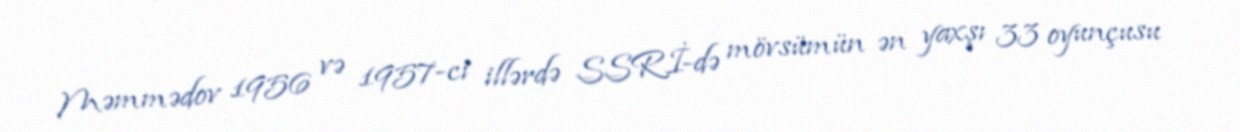
Məmmədov 1956 və 1957-ci illərdə SSRİ-də mövsümün ən yaxşı 33 oyunçusu